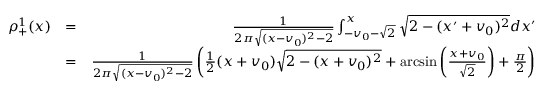
\begin{array} { r l r } { \rho _ { + } ^ { 1 } ( x ) } & { = } & { \frac { 1 } { 2 \pi \sqrt { ( x - v _ { 0 } ) ^ { 2 } - 2 } } \int _ { - v _ { 0 } - \sqrt { 2 } } ^ { x } \sqrt { 2 - ( x ^ { \prime } + v _ { 0 } ) ^ { 2 } } d x ^ { \prime } } \\ & { = } & { \frac { 1 } { 2 \pi \sqrt { ( x - v _ { 0 } ) ^ { 2 } - 2 } } \left( \frac { 1 } { 2 } ( x + v _ { 0 } ) \sqrt { 2 - ( x + v _ { 0 } ) ^ { 2 } } + \arcsin \left( \frac { x + v _ { 0 } } { \sqrt { 2 } } \right) + \frac { \pi } { 2 } \right) } \end{array}